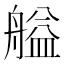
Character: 艗